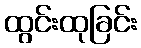
ထွင်းထုခြင်း